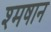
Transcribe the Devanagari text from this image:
श्मषान